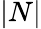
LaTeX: |N|